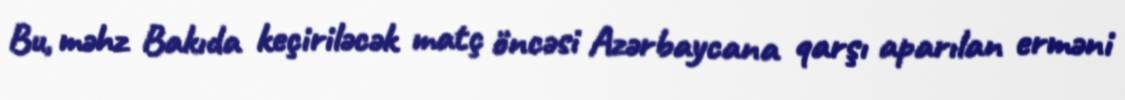
Bu, məhz Bakıda keçiriləcək matç öncəsi Azərbaycana qarşı aparılan erməni